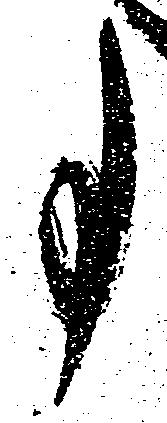
事